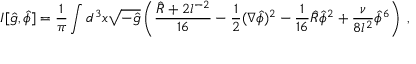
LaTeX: I [ \hat { g } , \hat { \phi } ] = \frac { 1 } { \pi } \int d ^ { 3 } x \sqrt { - \hat { g } } \left( \frac { \hat { R } + 2 l ^ { - 2 } } { 1 6 } - \frac { 1 } { 2 } ( \nabla \hat { \phi } ) ^ { 2 } - \frac { 1 } { 1 6 } \hat { R } \hat { \phi } ^ { 2 } + \frac { \nu } { 8 l ^ { 2 } } \hat { \phi } ^ { 6 } \right) \; ,